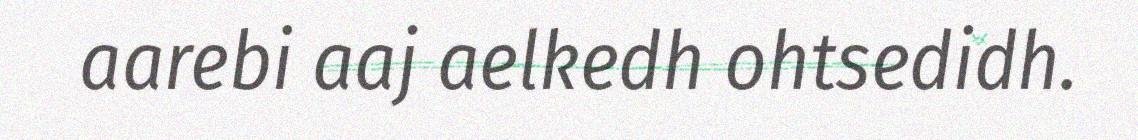
aarebi aaj aelkedh ohtsedidh.